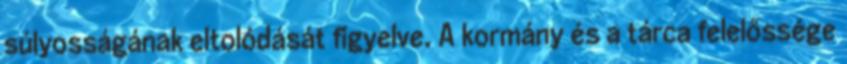
súlyosságának eltolódását figyelve. A kormány és a tárca felelőssége